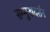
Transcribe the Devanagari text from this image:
सम्मुखदर्शन